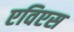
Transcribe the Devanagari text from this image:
एविएस